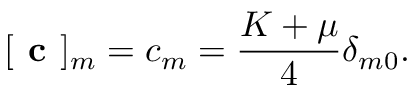
[ \textbf { c } ] _ { m } = c _ { m } = \frac { K + \mu } { 4 } \delta _ { m 0 } .